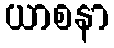
ယာစနာ